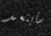
سأبتعد